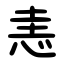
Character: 恚